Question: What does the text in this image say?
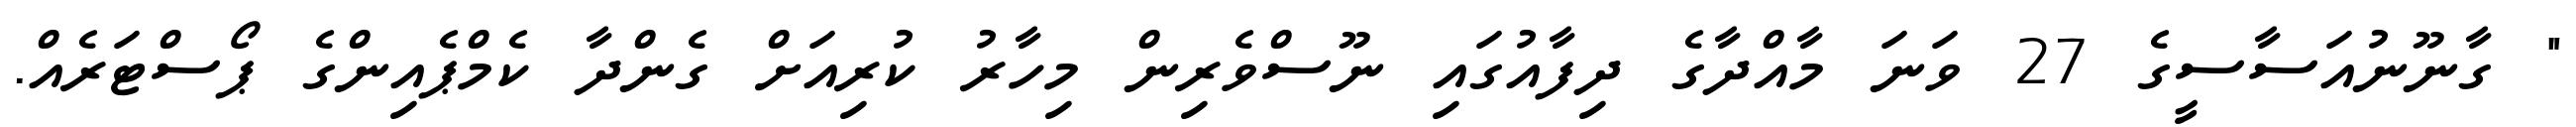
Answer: " ގާނޫނުއަސާސީގެ 27 ވަނަ މާއްދާގެ ދިފާއުގައި ނޫސްވެރިން މިހާރު ކުރިއަށް ގެންދާ ކެމްޕެއިންގެ ޕޯސްޓަރެއް.